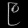
Digit: ၉